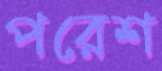
পরেশ